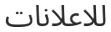
للاعلانات